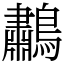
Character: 鷫